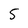
Character: 5